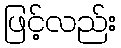
ဖြင့်လည်း